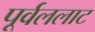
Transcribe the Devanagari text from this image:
पूर्वललाट